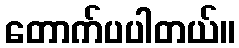
တောက်ပပါတယ်။